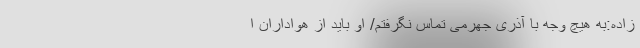
‌زاده:به هیچ وجه با آذری جهرمی تماس نگرفتم/ او باید از هواداران ا